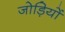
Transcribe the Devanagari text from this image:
जोड़ियों